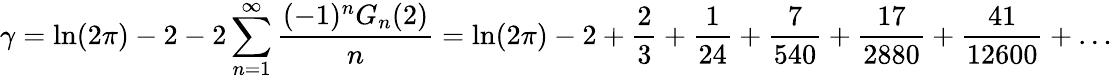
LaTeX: \gamma=\ln(2\pi)-2-2\sum_{n=1}^{\infty}{\frac{(-1)^{n}G_{n}(2)}{n}}=\ln(2\pi)-2+{\frac{2}{3}}+{\frac{1}{24}}+{\frac{7}{540}}+{\frac{17}{2880}}+{\frac{41}{12600}}+\ldots